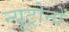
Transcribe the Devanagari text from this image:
न्यूट्रोनों